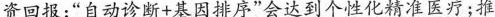
资回报；”自动诊断+基因排序”会达到个性化精准医疗；推